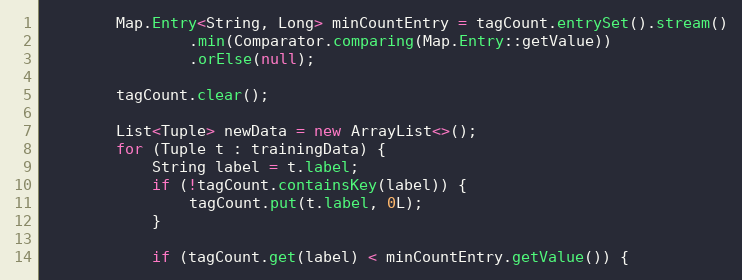
Language: Java
        Map.Entry<String, Long> minCountEntry = tagCount.entrySet().stream()
                .min(Comparator.comparing(Map.Entry::getValue))
                .orElse(null);

        tagCount.clear();

        List<Tuple> newData = new ArrayList<>();
        for (Tuple t : trainingData) {
            String label = t.label;
            if (!tagCount.containsKey(label)) {
                tagCount.put(t.label, 0L);
            }

            if (tagCount.get(label) < minCountEntry.getValue()) {